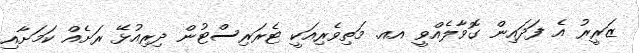
ޒަރީރު އެ ފަދައިން ގޮވާލެއްވީ އއ. މަތިވެރިއަކީ ޓެރަރިސްޓުން ދިރިއުޅޭ ރަށެއް ކަމަށާއި